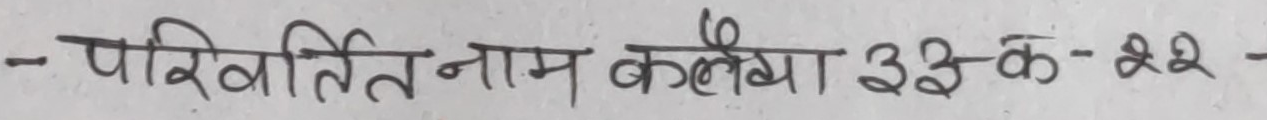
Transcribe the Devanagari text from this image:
- परिवर्तित नाम कलेखा ३३-क-२२ -